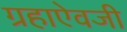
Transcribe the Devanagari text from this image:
ग्रहाऐवजी